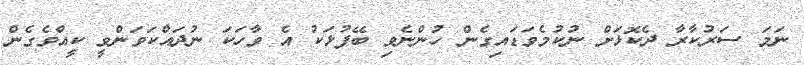
ނަމަ ސަރުކާރާ ދެކޮޅަށް ނުކުމެވަޑައިގެން ހުންނެވި ބޭފުޅަކު އެ ވާހަކަ ނުދައްކަވަންވީ ކީއްވެގެން